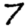
Digit: 7